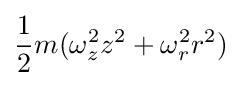
{\frac {1}{2}}m(\omega _{z}^{2}z^{2}+\omega _{r}^{2}r^{2})